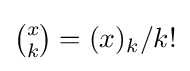
{\textstyle {\binom {x}{k}}=(x)_{k}/k!}